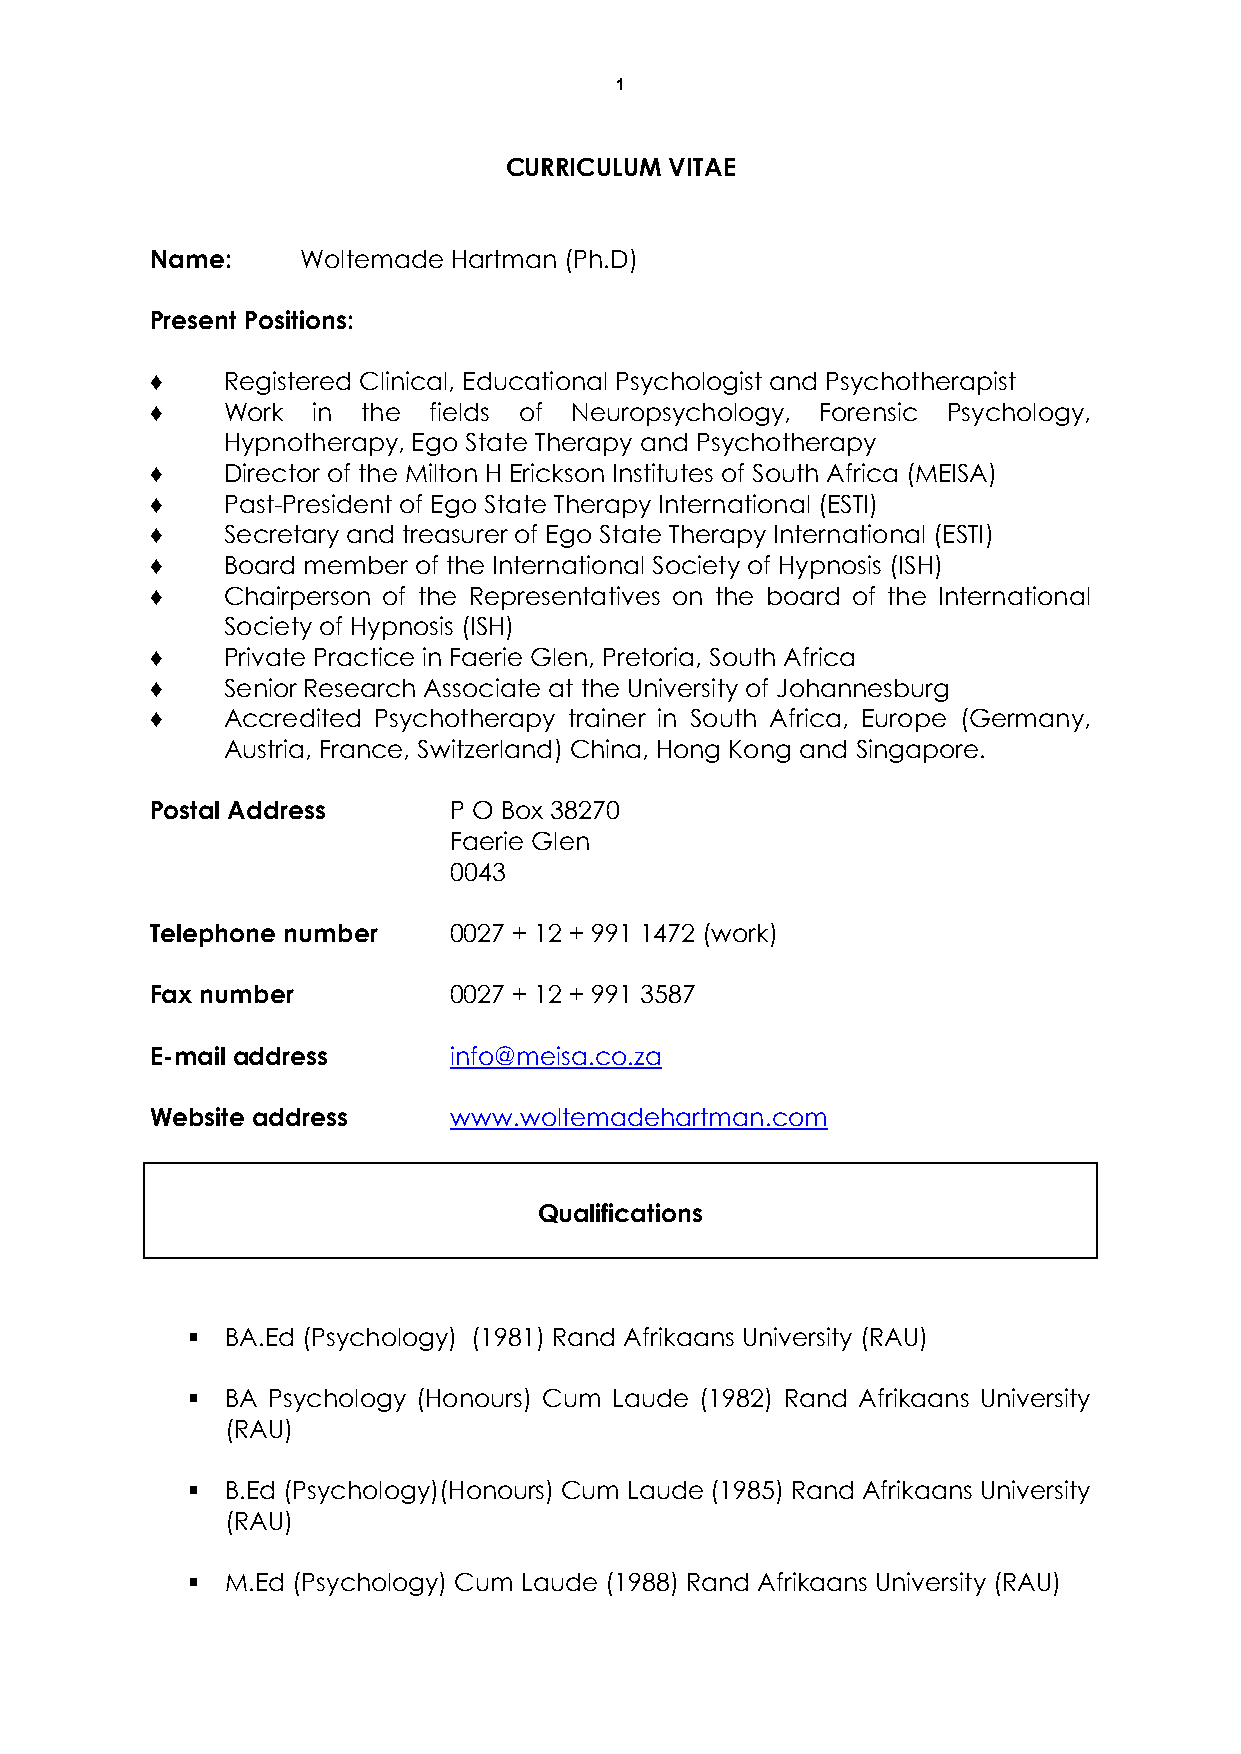
1
 CURRICULUM VITAE
 Name:     Woltemade Hartman (Ph.D)
 Present Positions:
 ♦    Registered Clinical, Educational Psychologist and Psychotherapist
 ♦    Work  in the fields of Neuropsychology, Forensic Psychology,
 Hypnotherapy, Ego State Therapy and Psychotherapy
 ♦    Director of the Milton H Erickson Institutes of South Africa (MEISA)
 ♦    Past-President of Ego State Therapy International (ESTI)
 ♦    Secretary and treasurer of Ego State Therapy International (ESTI)
 ♦    Board member of the International Society of Hypnosis (ISH)
 ♦    Chairperson of the Representatives on the board of the International
 Society of Hypnosis (ISH)
 ♦    Private Practice in Faerie Glen, Pretoria, South Africa
 ♦    Senior Research Associate at the University of Johannesburg
 ♦    Accredited Psychotherapy trainer in South Africa, Europe (Germany,
 Austria, France, Switzerland) China, Hong Kong and Singapore.
 Postal Address      P O Box 38270
 Faerie Glen
 0043
 Telephone number    0027 + 12 + 991 1472 (work)
 Fax number          0027 + 12 + 991 3587
 E-mail address      info@meisa.co.za
 Website address     www.woltemadehartman.com
 Qualifications
   BA.Ed (Psychology) (1981) Rand Afrikaans University (RAU)
   BA Psychology (Honours) Cum Laude (1982) Rand Afrikaans University
 (RAU)
   B.Ed (Psychology)(Honours) Cum Laude (1985) Rand Afrikaans University
 (RAU)
   M.Ed (Psychology) Cum Laude (1988) Rand Afrikaans University (RAU)